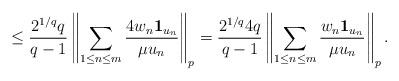
LaTeX: \begin{align*} \le \frac{2^{1/q}q }{q-1} \left\| \sum_{1 \le n \le m}\frac{ 4 w_n \mathbf{1}_{u_{n} } }{\mu u_{n} } \right\|_p= \frac{2^{1/q} 4 q }{q-1} \left\| \sum_{1 \le n \le m}\frac{w_n \mathbf{1}_{u_{n} } }{\mu u_{n} } \right\|_p.\end{align*}